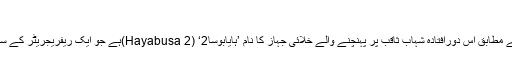
“
رپورٹ کے مطابق اس دورافتادہ شہاب ثاقب پر پہنچنے والے خلائی جہاز کا نام ’ہایابوسا2‘ (Hayabusa 2)ہے جو ایک ریفریجریٹر کے سائز کا ہے۔